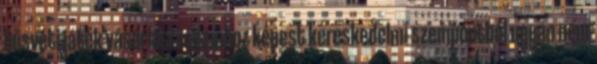
húsvéti játék vásárlási rohamhoz képest kereskedelmi szempontból ugyan nem